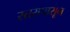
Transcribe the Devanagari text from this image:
स्तरापासून